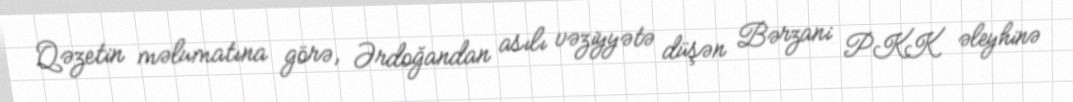
Qəzetin məlumatına görə, Ərdoğandan asılı vəziyyətə düşən Bərzani PKK əleyhinə